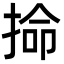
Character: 掵